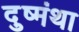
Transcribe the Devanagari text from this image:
दुष्मंथा